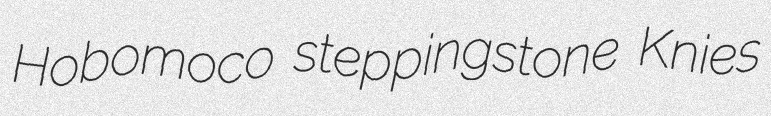
Hobomoco steppingstone Knies